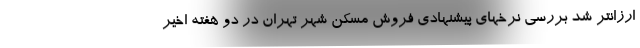
ارزانتر شد بررسی نرخهای پیشنهادی فروش مسکن شهر تهران در دو هفته اخیر